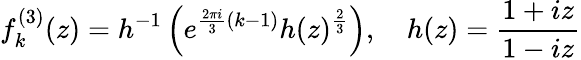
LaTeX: f_{k}^{(3)}(z)=h^{-1}\left(e^{\frac{2\pi i}{3}(k-1)}h(z)^{\frac{2}{3}}\right),\quad h(z)=\frac{1+iz}{1-iz}